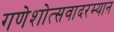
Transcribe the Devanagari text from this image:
गणेशोत्सवादरम्यान